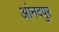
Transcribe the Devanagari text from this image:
आंनदपुर